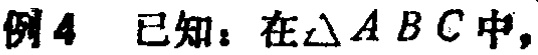
例4 已知：在$\triangle ABC$中，